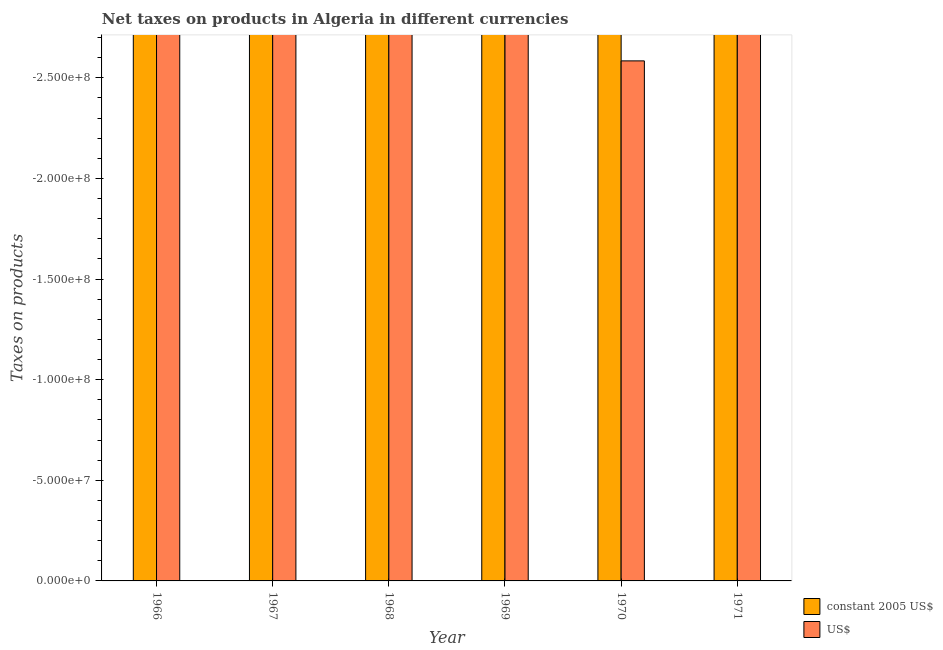
| Year | constant 2005 US$ | US$ |
 | --- | --- | --- |
 | 1966 | -1.98e+09 | -4e+08 |
 | 1967 | -2.14e+09 | -4.33e+08 |
 | 1968 | -2.43e+09 | -4.92e+08 |
 | 1969 | -2.61e+09 | -5.29e+08 |
 | 1970 | -1.28e+09 | -2.58e+08 |
 | 1971 | -1.41e+09 | -2.87e+08 |